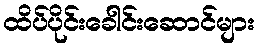
ထိပ်ပိုင်းခေါင်းဆောင်များ